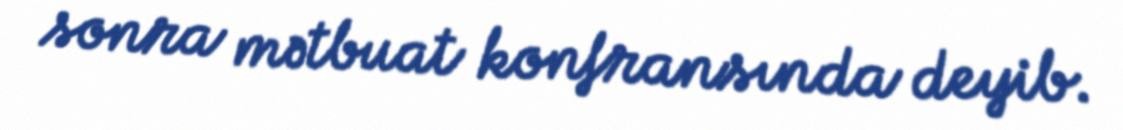
sonra mətbuat konfransında deyib.